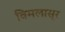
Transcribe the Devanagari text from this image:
विमलासूर